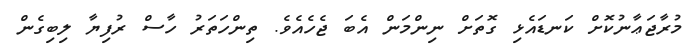
މުރާޖަޢާނުކޮށް ކަނޑައެޅި ގޮތަށް ނިންމަން އެބަ ޖެހެއެވެ. ތިންހަތަރު ހާސް ރުފިޔާ ލިބިގެން